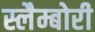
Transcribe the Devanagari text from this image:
स्लैम्बोरी